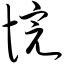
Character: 惋